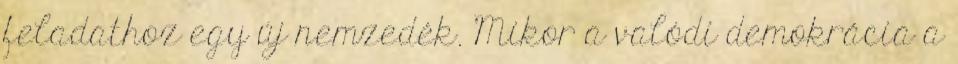
feladathoz egy új nemzedék. Mikor a valódi demokrácia a